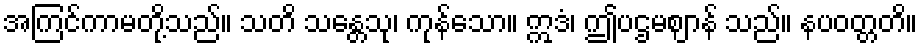
အကြင်ကာမတို့သည်။ သတိ သန္တေသု၊ ကုန်သော။ ဣဒံ၊ ဤပဌမဈာန် သည်။ နပဝတ္တတိ။